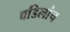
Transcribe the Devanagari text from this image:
वडिलांच